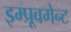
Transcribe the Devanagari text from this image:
इम्प्रूवमेन्ट